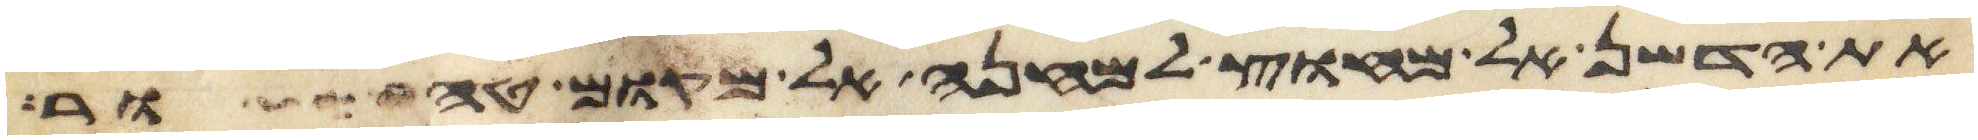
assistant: את הדשן אל מחוץ למחנה אל מקום טהור